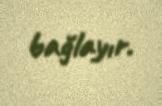
bağlayır.